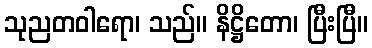
သုညတဝါရော၊ သည်။ နိဋ္ဌိတော၊ ပြီးပြီ။